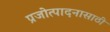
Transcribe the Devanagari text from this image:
प्रजोत्पादनासाठी